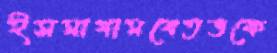
ইসমাগামবেতভকে